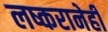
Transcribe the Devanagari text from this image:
लष्करानेही